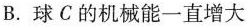
B.球C的机械能一直增大